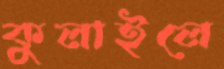
কুলাইলে